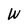
Character: W